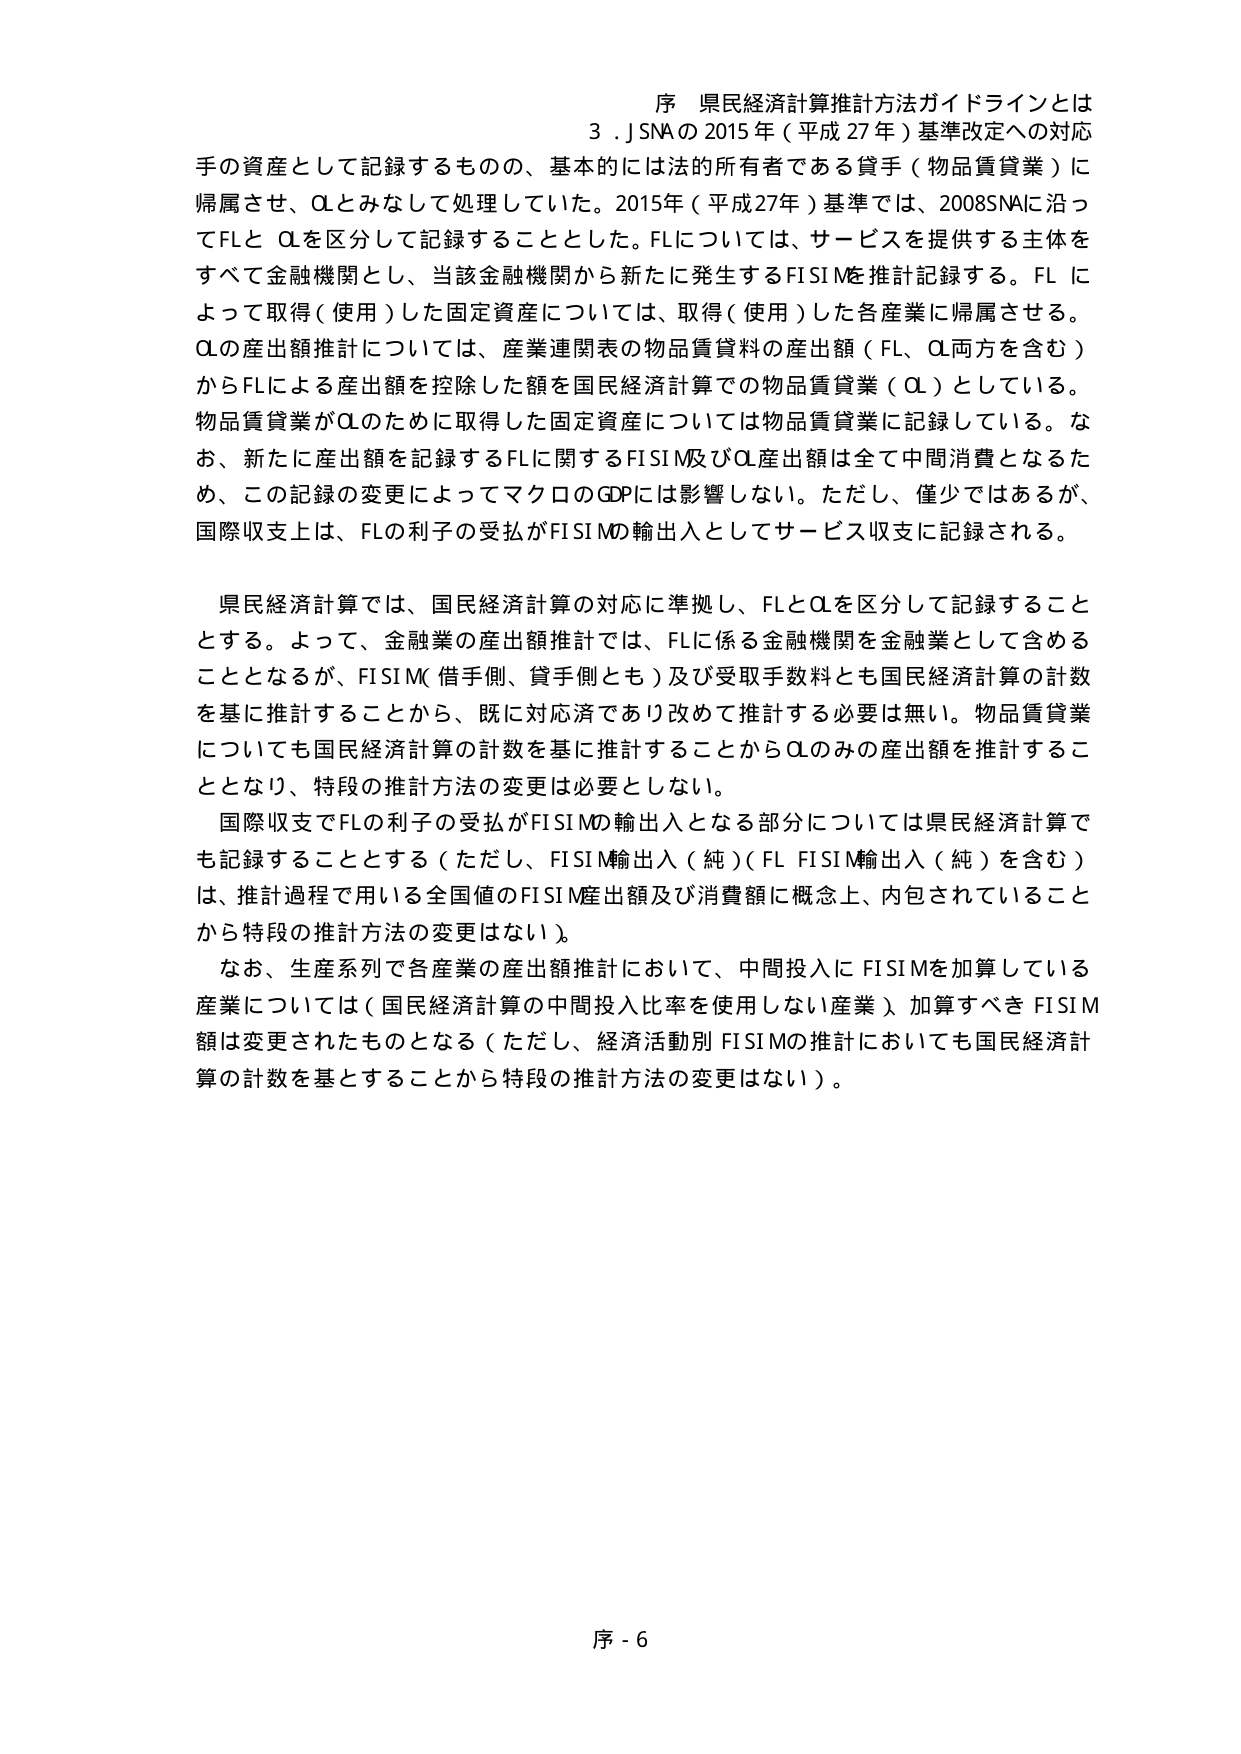
序 県民経済計算推計方法ガイドラインとは
3．SNAの2015年（平成27年）基準改定への対応

手の資産として記録するものの、基本的には法的所有者である貸手（物品賃貸業）に帰属させ、QLとみなして処理していた。2015年（平成27年）基準では、2008SNAに沿ってFLとQLを区分して記録することとした。FLについては、サービスを提供する主体をすべて金融機関とし、当該金融機関から新たに発生するFISIMを推計記録する。FLによって取得（使用）した固定資産については、取得（使用）した各産業に帰属させる。QLの産出額推計については、産業連関表の物品賃貸料の産出額（FL、QL両方を含む）からFLによる産出額を控除した額を国民経済計算での物品賃貸業（QL）としている。物品賃貸業がQLのために取得した固定資産については物品賃貸業に記録している。なお、新たに産出額を記録するFLに関するFISIM及びQL産出額は全て中間消費となるため、この記録の変更によってマクロのGDPには影響しない。ただし、僅少ではあるが、国際収支上は、FLの利子の受払がFISIMの輸出入としてサービス収支に記録される。

県民経済計算では、国民経済計算の対応に準拠し、FLとQLを区分して記録することとする。よって、金融業の産出額推計では、FLに係る金融機関を金融業として含めることとなるが、FISIM（借手側、貸手側とも）及び受取手数料とも国民経済計算の計数を基に推計することから、既に対応済であり改めて推計する必要は無い。物品賃貸業についても国民経済計算の計数を基に推計することからQLのみの産出額を推計することとなり、特段の推計方法の変更は必要としない。

国際収支でFLの利子の受払がFISIMの輸出入となる部分については県民経済計算でも記録することとする（ただし、FISIM輸出入（純）（FL FISIM輸出入（純）を含む）は、推計過程で用いる全国値のFISIM産出額及び消費額に概念上、内包されていることから特段の推計方法の変更はない）。

なお、生産系列で各産業の産出額推計において、中間投入にFISIMを加算している産業については（国民経済計算の中間投入比率を使用しない産業）、加算すべきFISIM額は変更されたものとなる（ただし、経済活動別FISIMの推計においても国民経済計算の計数を基とすることから特段の推計方法の変更はない）。

序 - 6